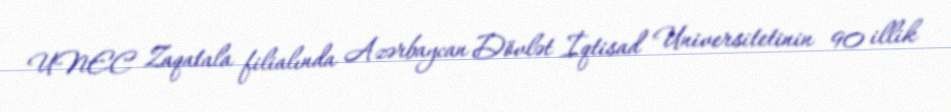
UNEC Zaqatala filialında Azərbaycan Dövlət İqtisad Universitetinin 90 illik